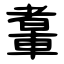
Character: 䡤